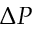
\Delta P